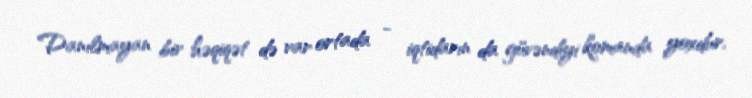
Danılmayan bir həqiqət də var ortada - iqtidarın da güvəndiyi komanda yoxdur.